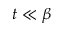
t \ll \beta